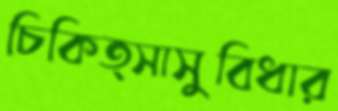
চিকিত্সাসুবিধার